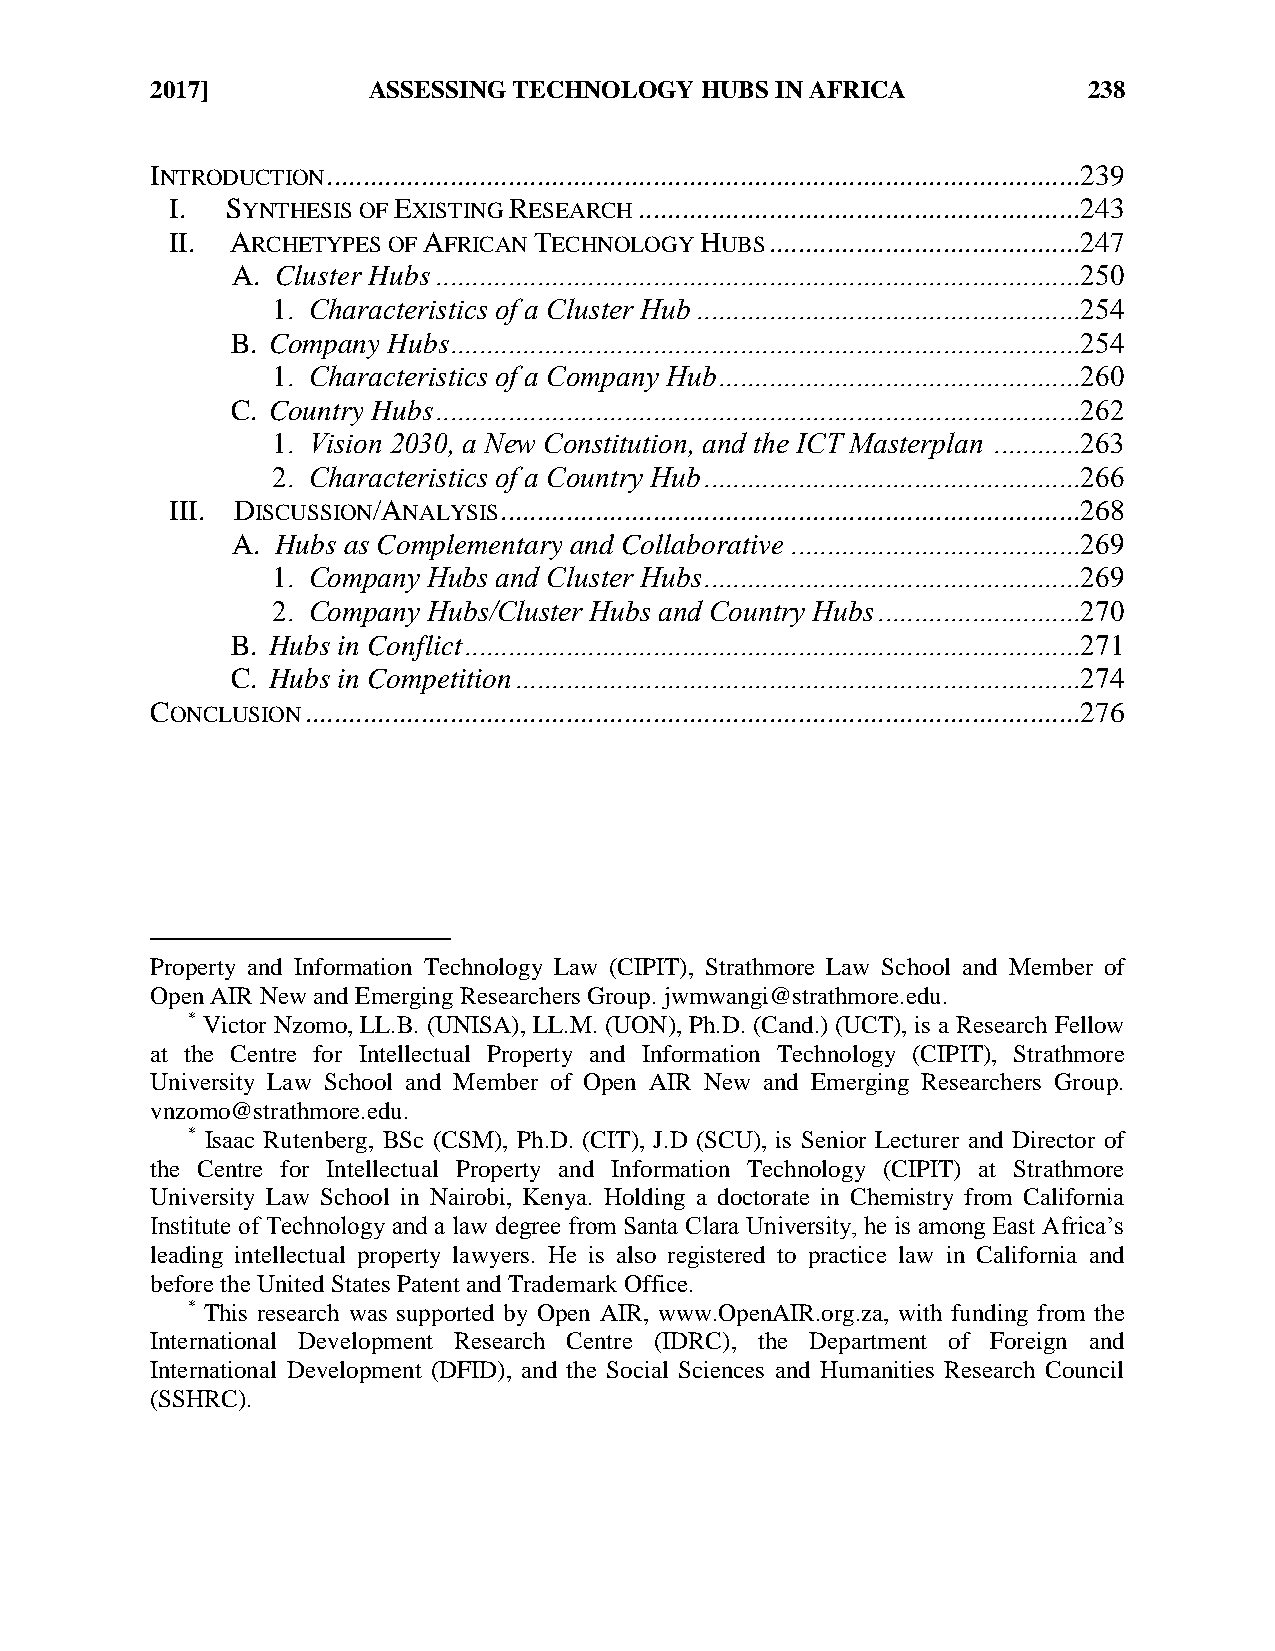
2017]         ASSESSING TECHNOLOGY  HUBS IN AFRICA            238
 INTRODUCTION ........................................................................................................239
 I.  SYNTHESIS OF EXISTING RESEARCH .............................................................243
 II. ARCHETYPES OF AFRICAN TECHNOLOGY HUBS ...........................................247
 A. Cluster Hubs .........................................................................................250
 1. Characteristics of a Cluster Hub .....................................................254
 B. Company Hubs.......................................................................................254
 1. Characteristics of a Company Hub ..................................................260
 C. Country Hubs .........................................................................................262
 1. Vision 2030, a New Constitution, and the ICT Masterplan ............263
 2. Characteristics of a Country Hub ....................................................266
 III. DISCUSSION/ANALYSIS ................................................................................268
 A. Hubs as Complementary and Collaborative ........................................269
 1. Company Hubs and Cluster Hubs ....................................................269
 2. Company Hubs/Cluster Hubs and Country Hubs ............................270
 B. Hubs in Conflict .....................................................................................271
 C. Hubs in Competition ..............................................................................274
 CONCLUSION ...........................................................................................................276
 Property and Information Technology Law (CIPIT), Strathmore Law School and Member of
 Open AIR New and Emerging Researchers Group. jwmwangi@strathmore.edu.
 * Victor Nzomo, LL.B. (UNISA), LL.M. (UON), Ph.D. (Cand.) (UCT), is a Research Fellow
 at the Centre for Intellectual Property and Information Technology (CIPIT), Strathmore
 University Law School and Member of Open AIR New and Emerging Researchers Group.
 vnzomo@strathmore.edu.
 * Isaac Rutenberg, BSc (CSM), Ph.D. (CIT), J.D (SCU), is Senior Lecturer and Director of
 the Centre for Intellectual Property and Information Technology (CIPIT) at Strathmore
 University Law School in Nairobi, Kenya. Holding a doctorate in Chemistry from California
 Institute of Technology and a law degree from Santa Clara University, he is among East Africa’s
 leading intellectual property lawyers. He is also registered to practice law in California and
 before the United States Patent and Trademark Office.
 * This research was supported by Open AIR, www.OpenAIR.org.za, with funding from the
 International Development Research Centre (IDRC), the Department of Foreign and
 International Development (DFID), and the Social Sciences and Humanities Research Council
 (SSHRC).